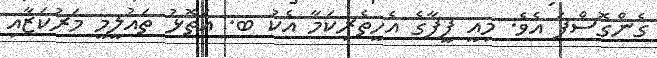
ގެންގޮސްފަ އެވެ. މިއީ ފީފާގެ އެހީތެރިކަމާ އެކު ބ. އަތޮޅު ތައުލީމީ މަރުކަޒާއި